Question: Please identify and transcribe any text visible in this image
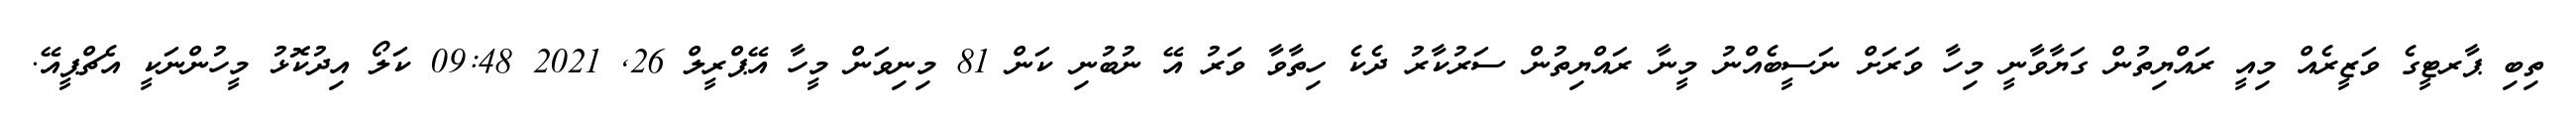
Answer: ތިބި ޕާރޓީގެ ވަޒީރެއް މިއީ ރައްޔިތުން ގަޔާވާނީ މިހާ ވަރަށް ނަސީބެއްނު މީނާ ރައްޔިތުން ސަރުކާރު ދެކެ ހިތާވާ ވަރު އޭ ނުބުނި ކަން 81 މިނިވަން މީހާ އޭޕްރީލް 26, 2021 09:48 ކަލޯ އިދުކޮޅު މީހުންނަކީ އެޗްޕީއޭ.